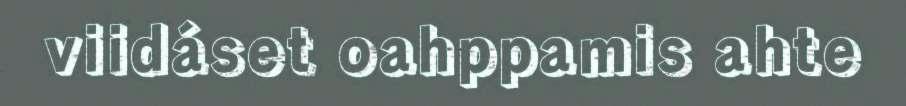
viidáset oahppamis ahte